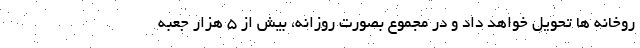
روخانه ها تحویل خواهد داد و در مجموع بصورت روزانه، بیش از 5 هزار جعبه